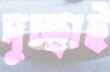
দুচ্ছাই